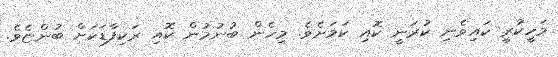
މަހީކުރީ ކައިވެނި ކުރަނީ ކޮއި ކަމަށެވެ. މިހެން ބުނުމުން ކޮއި ރަކިފާޑަކަށް ބުންޏެވެ.